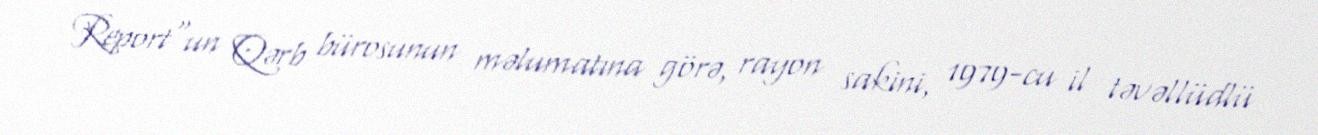
Report"un Qərb bürosunun məlumatına görə, rayon sakini, 1979-cu il təvəllüdlü